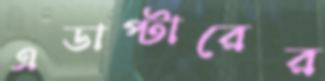
এডাপ্টারের